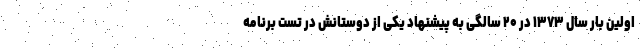
اولین بار سال ۱۳۷۳ در ۲۰ سالگی به پیشنهاد یکی از دوستانش در تست برنامه